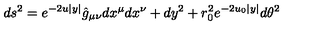
d s ^ { 2 } = e ^ { - 2 u | y | } \hat { g } _ { \mu \nu } d x ^ { \mu } d x ^ { \nu } + d y ^ { 2 } + r _ { 0 } ^ { 2 } e ^ { - 2 u _ { 0 } | y | } d \theta ^ { 2 }